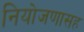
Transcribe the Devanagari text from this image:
नियोजणासह